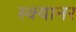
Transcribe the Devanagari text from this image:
स्क्यानर